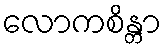
လောကစိန္တာ